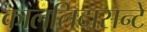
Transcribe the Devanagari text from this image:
काललिदासन्टे